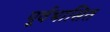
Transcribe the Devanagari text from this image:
पूर्वभासित